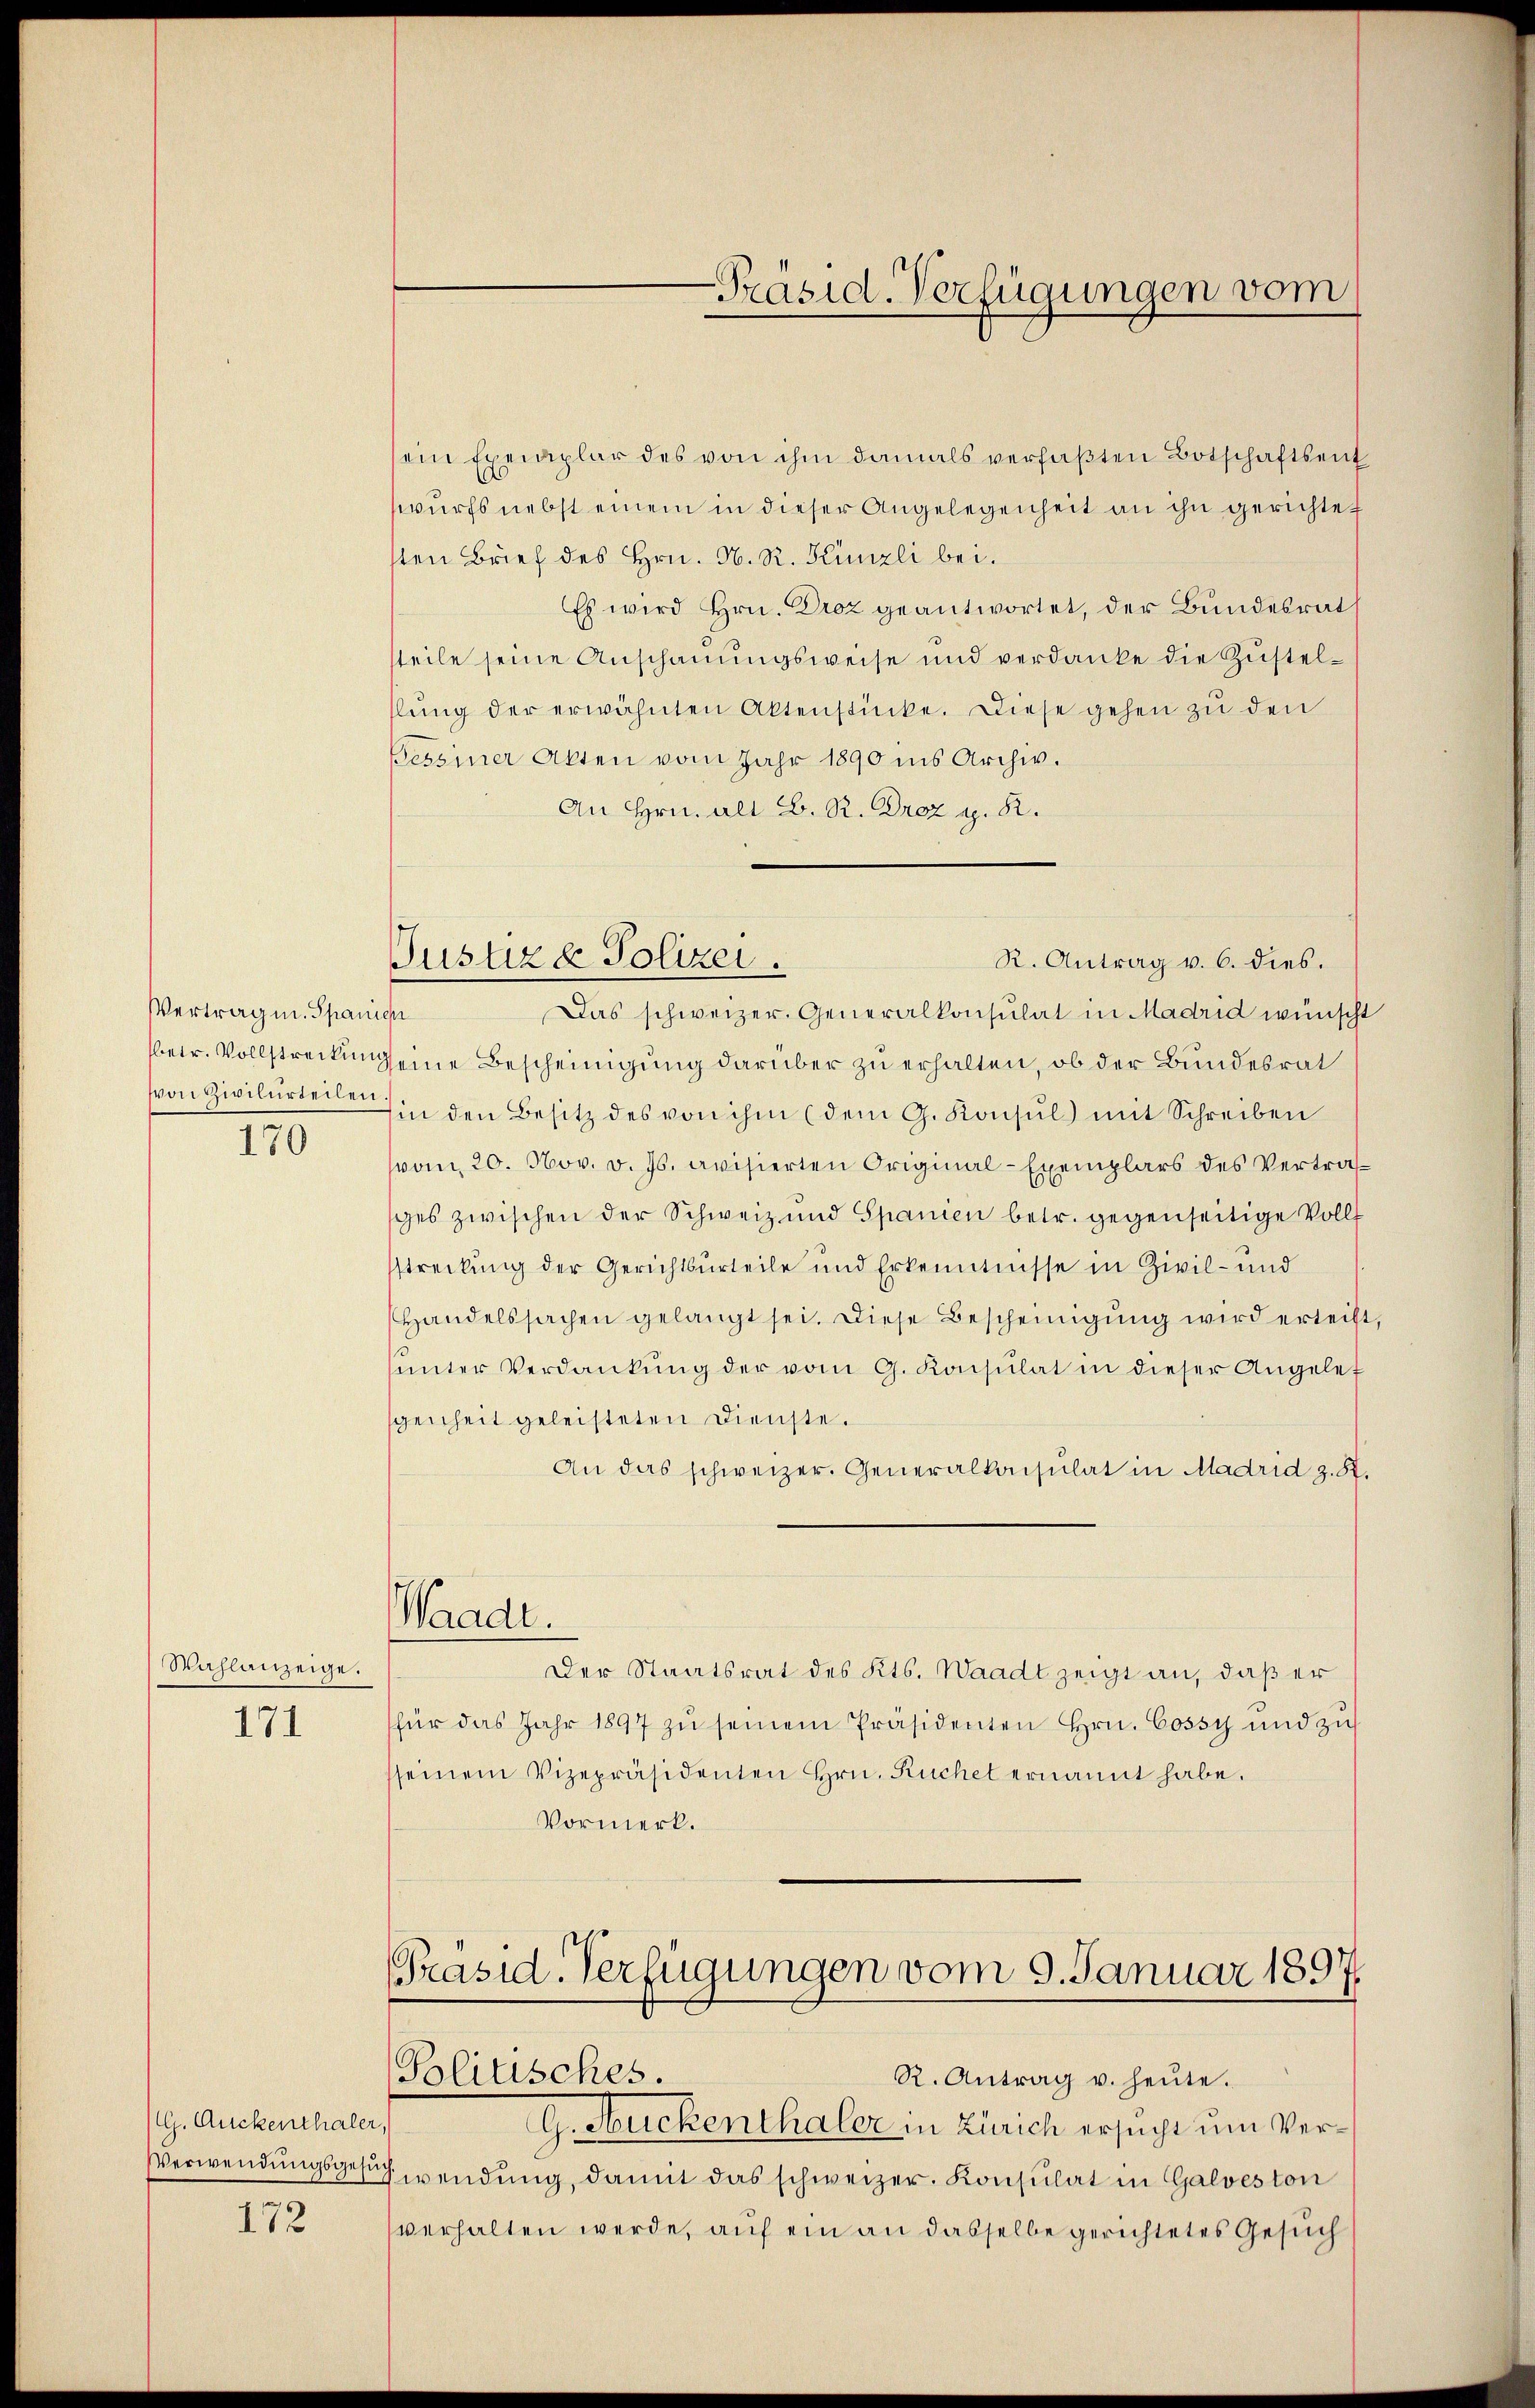
Vertragen. Spanien
betr. Vollstreckung
von Zivilurteilen

170

Wahlanzeige.

171

G. Ruckenthaler
Verwendungsgesu

172

Justizd Polizei.
R. Antrag v. 6. dies.

Präsid. Verfügungen vom

ein Exemplar des von ihm damals verfaβten Botschaftsent
wurfs nebst einem in dieser Angelegenheit an ihn gerichtet
sten Brief des Hrn. N. R. Künzli bei.
Es wird Hrn. Droz geantwortet, der Bundesrat
steile seine Anschauungsweise und verdanke die Zustelllŭng der erwähnten Aktenstücke. Diese gehen zu den
Beseiner Akten vom Jahr 1890 ins Archiv.
An Hrn. alt B. R. Drez g. R.
Das schweizer. Generalkonsulat in Madrid wünscht
eine Bescheinigung darüber zu erhalten, ob der Bundesrat
in den Besitz des von ihm (dem G. Konsŭl) mit Schreiben
vom 20. Nov. v. Js. avisierten Original-Exemplars des Vertrag
ges zwischen der Schweiz und Spanien betr. gegenseitige Vollf
streckung der Gerichtsurteile und Erkenntnisse in Zivil- und
Handelssachen gelangt sei. Diese Bescheinigŭng wird erteilt,
unter Verdankung der vom G. Konsulat in dieser Angelet
scheinheit geleisteten Dienste.
An das schweizer. Generalkonsulat in Madrid z. St.
Waadt.
Der Staatsrat des Kts. Waadt zeigt an, daß er
für das Jahr 1897 zŭ seinem Präsidenten Hrn. Cossy und zi
seinem Vizepräsidenten Hrn. Ruchel ernannt habe.
Vormerk.

Präsid-Verfügungen vom 9. Januar 1897.
Politisches.
R. Antrag u. heŭte.

G. Neuckenthaler in Zürich ersucht um Ver¬
Gwendung, damit das schweizer. Konsulat in Galveston
verhalten werde, auf ein an dasselbe gerichtetes Gesuch